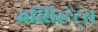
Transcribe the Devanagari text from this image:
अस्सिस्टेंट्स